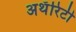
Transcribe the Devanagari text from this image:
अथॅरिटी